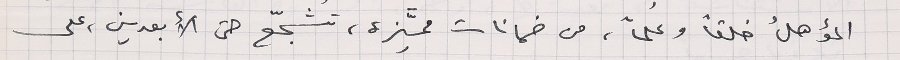
المؤهلُ خلقاً وعلماً، من ضمانات مميَّزة، تشجّع حتى الأبعدين، على